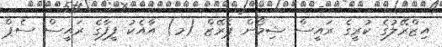
އިޒްރޭލުގެ ކުރީގެ ރައީސް ޝިމޯން ޕެރޭޒް (މ) އާއެކު ފީފާގެ ރައީސް ސެޕް